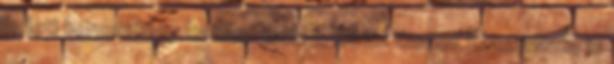
keleti keresztény hatást mutat, és az ikonok használata is